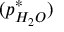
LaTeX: ( p _ { H _ { 2 } O } ^ { * } )